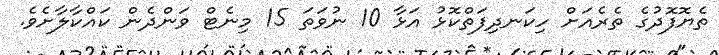
ތެޔޮފޮދުގެ ތެރެއަށް ހިކަނދިފަތްކޮޅު އަޅާ 10 ނުވަތަ 15 މިނެޓް ވަންދެން ކައްކާލާށެވެ.